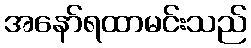
အနော်ရထာမင်းသည်